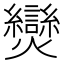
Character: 𤓖